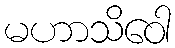
မဟာသိဝေါ